system: You are a helpful assistant.
user:
Analyze the provided spectrum to determine if it is a **M-type Giant (gM)**.

A M-type Giant spectrum is defined by its **strong molecular absorption** features, particularly from **Titanium Oxide (TiO)**. You must check for one of the following mutually exclusive signatures:

- **Key Visual Indicators (Absorption-Dominated Spectrum):**

    - **(Primary):** The spectrum is dominated by strong molecular absorption from **Titanium Oxide (TiO)**. This is the **defining feature** of its M-type temperature class.
        - **(Key Bandheads):** Look for sharp, "saw-tooth" absorption valleys. The strongest are located near **~7050 Å**, **~6160 Å**, and **~5170 Å**.
        - **(Line Profile):** The "saw-tooth" morphology is critical: a **sharp, steep drop on the BLUE (short-wavelength) side** of the bandhead, followed by a gradual recovery (rising flux) towards the RED (long-wavelength) side.

    - **(Key Confirmation - Giant vs. Dwarf):** **ABSENCE** of strong **Calcium Hydride (CaH)** molecular bands. This is the primary diagnostic for *excluding* M-dwarfs.
        - **(Key Region):** The spectrum should lack the strong, broad absorption band seen in dwarfs between **~6800 Å and ~7000 Å**.

    - **(Secondary Confirmation - Giant):** A very strong and broad **Neutral Calcium (Ca I)** atomic absorption line.
        - **(Key Line):** Located at **~4226 Å**. In a giant (gM), this line is significantly deeper and broader than the same line in an M-dwarf (dM) due to low surface gravity.

    - **(Overall Spectrum):**
        - The continuum is **extremely red-sloping** (i.e., flux is very low in the blue and rises dramatically towards the red).
        - The entire spectrum appears "chopped up" by the deep TiO bands.

Think first, call **spectral_visualization_tool** if needed to examine features in detail, then provide your final answer. Your response must adhere to the following strict rules:
1.  **Overall Structure:** Your response must follow the format `<think>...</think> <tool_call>...</tool_call> (if a tool is used) <answer>...</answer>`.
2.  **Tool Usage Constraint:** You may only make **one** tool call per turn.
3.  **Final Answer Format:** In the `<answer>` tag, your conclusion must be inside a `\boxed{}` command (e.g., `\boxed{YES}` or `\boxed{NO}`), followed by your justification.

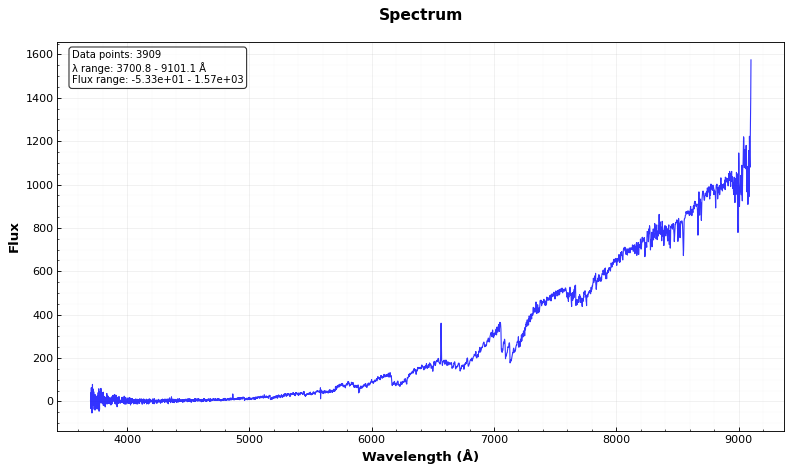
Answer: YES